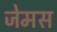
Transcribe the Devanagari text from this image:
जेमस